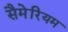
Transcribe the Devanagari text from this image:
सैमेरियम